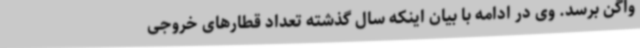
واگن برسد. وی در ادامه با بیان اینکه سال گذشته تعداد قطارهای خروجی